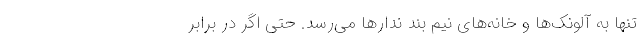
تنها به آلونک‌ها و خانه‌‌های نیم بند ندارها می‌رسد. حتی اگر در برابر